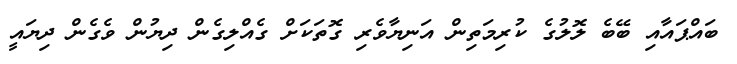
ބައްޕައާއި ބޭބެ ލޮލުގެ ކުރިމަތިން އަނިޔާވެރި ގޮތަކަށް ގެއްލިގެން ދިޔުން ވެގެން ދިޔައީ